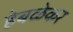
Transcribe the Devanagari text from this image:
हेबळेकर